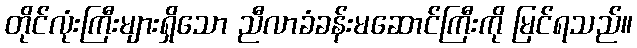
တိုင်လုံးကြီးများရှိသော ညီလာခံခန်းမဆောင်ကြီးကို မြင်ရသည်။